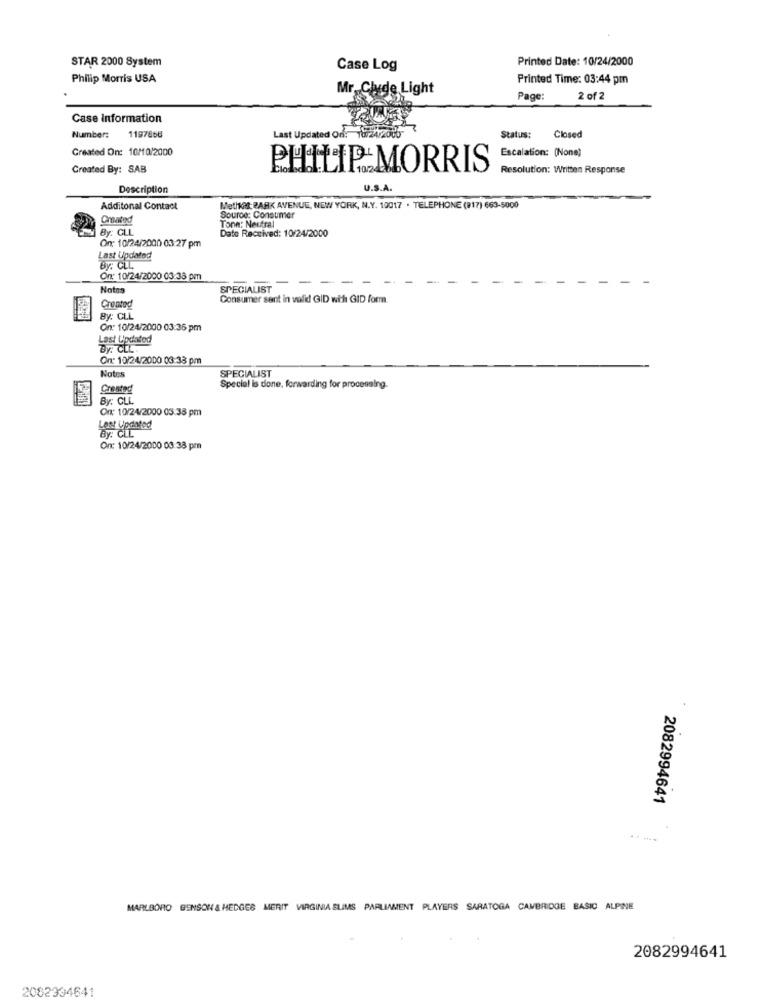
Printed Date: 10/24/2000
STAR 2000 System
Case Log
Philip Morris USA
Printed Time: 03:44 pm
Mr. Clyde Light
Page:
2 of 2
Case Information
Number:
1197856
Last Updated On: 16-24/2
Status:
Closed
Created On: 10/10/2000
Escalation: (None)
Created By: SAB
HHHIP MORRIS
Resolution: Written Response
Description
U.S.A.
Additonal Contact
Methat PARK AVENUE, NEW YORK, N.Y. 10017 . TELEPHONE (917) 663-5000
Created
Source: Consumer
By: CLL
Tone: Neutral
Date Received: 10/24/2000
On: 10/24/2000 03:27 pm
Last Updated
By: CLL.
On: 10/24/2000 03:38 pm
Notas
SPECIALIST
-
Consumer sent in valid GID wih GID form.
Crentod
By: CLL
On: 10/24/2000 03:36 pm
Last Updated
By: CLL
On: 10/24/2000 03:33 pm
SPECIALIST
Notes
Crested
Special Is done, forwarding for processing.
By: CLL
Or: 10/24/2000 03:38 pm
Last Updated
On: 10/24/2000 03:38 pm
2082994641
MARLBORO BENSON & HEDGES MERIT VIRGINIA SLIMS PARLIAMENT PLAYERS SARATOGA CAMBRIDGE BASIC ALPINE
2082994641
2082334641